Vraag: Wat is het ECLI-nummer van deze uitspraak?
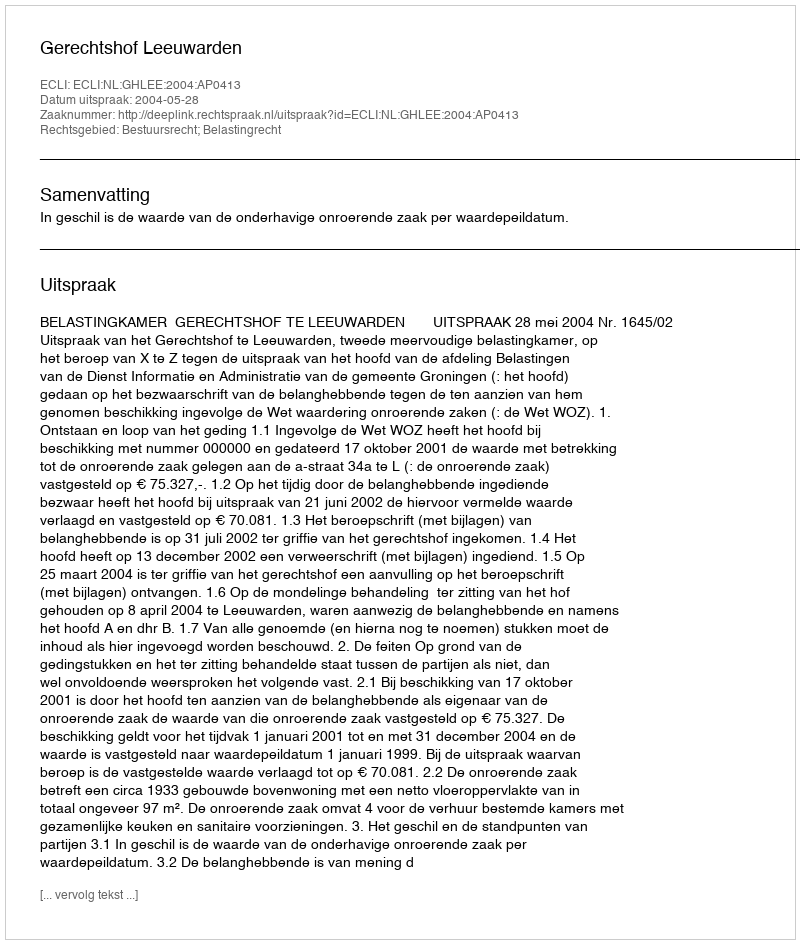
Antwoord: ECLI:NL:GHLEE:2004:AP0413